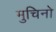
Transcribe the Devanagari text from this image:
मुचिनो